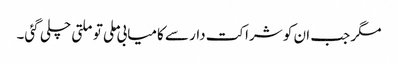
مگر جب ان کو شراکت دار سے کامیابی ملی تو ملتی چلی گئی۔